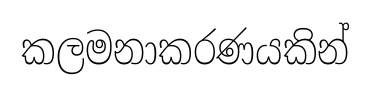
කලමනාකරණයකින්